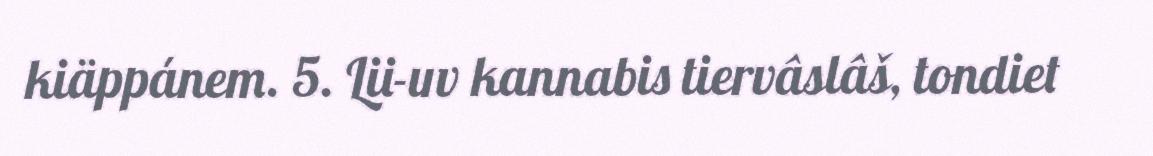
kiäppánem. 5. Lii-uv kannabis tiervâslâš, tondiet